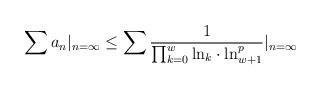
LaTeX: \begin{align*}\sum a_{n}|_{n=\infty} \leq \sum \frac{1}{\prod_{k=0}^{w} \mathrm{ln}_{k} \cdot \mathrm{ln}_{w+1}^{p} }|_{n=\infty} \end{align*}